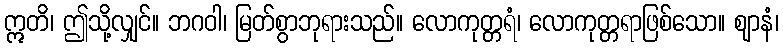
ဣတိ၊ ဤသို့လျှင်။ ဘဂဝါ၊ မြတ်စွာဘုရားသည်။ လောကုတ္တရံ၊ လောကုတ္တရာဖြစ်သော။ ဈာနံ၊